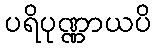
ပရိပုဏ္ဏာယပိ